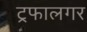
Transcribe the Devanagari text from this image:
ट्रफालगर